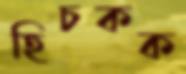
হিচকক